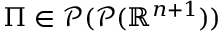
\Pi \in { \mathcal { P } } ( { \mathcal { P } } ( \mathbb { R } ^ { n + 1 } ) )